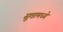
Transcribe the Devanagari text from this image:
सुत्तामध्ये